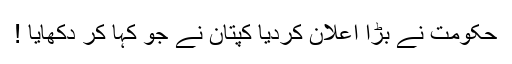
حکومت نے بڑا اعلان کردیا کپتان نے جو کہا کر دکھایا !